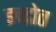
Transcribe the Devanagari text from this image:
इन्द्रोत